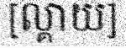
[ល្គាយ]